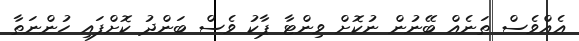
އެއްވެސް ތަނެއް ބޭނުން ނުކޮށް ވިންޓާ ޕާކު ވެސް ބަންދު ކޮށްފައި ހުންނަތާ